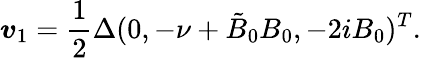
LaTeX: \boldsymbol{\mathit{v}}_{1}=\frac{{1}}{{2}}\Delta(0,-\nu+\tilde{{B}}_{0}B_{0},-2iB_{0})^{T}.